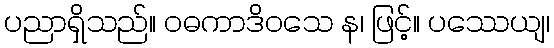
ပညာရှိသည်။ ဝဓကာဒိဝသေ န၊ ဖြင့်။ ပဿေယျ၊